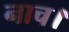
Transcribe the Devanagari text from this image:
नाच।